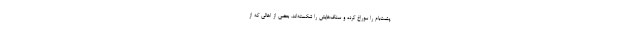
پشت‌بام را سوراخ کرده و سنگ‌هایش را شکسته‌اند. بعضی از اهالی که از